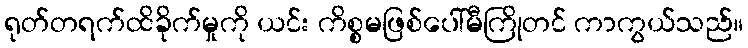
ရုတ်တရက်ထိခိုက်မှုကို ယင်း ကိစ္စမဖြစ်ပေါ်မီကြိုတင် ကာကွယ်သည်။